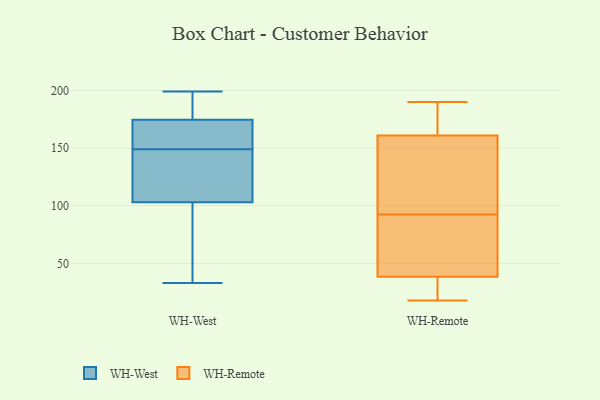
{"axis": {"x": "Demand Index", "y": "Value"}, "legend": ["WH-Remote", "WH-West"], "data": [{"x": "", "y": 82, "type": "WH-West"}, {"x": "", "y": 121, "type": "WH-West"}, {"x": "", "y": 187, "type": "WH-West"}, {"x": "", "y": 199, "type": "WH-West"}, {"x": "", "y": 97, "type": "WH-West"}, {"x": "", "y": 150, "type": "WH-West"}, {"x": "", "y": 162, "type": "WH-West"}, {"x": "", "y": 109, "type": "WH-West"}, {"x": "", "y": 97, "type": "WH-West"}, {"x": "", "y": 33, "type": "WH-West"}, {"x": "", "y": 149, "type": "WH-West"}, {"x": "", "y": 189, "type": "WH-West"}, {"x": "", "y": 166, "type": "WH-West"}, {"x": "", "y": 174, "type": "WH-West"}, {"x": "", "y": 176, "type": "WH-West"}, {"x": "", "y": 136, "type": "WH-West"}, {"x": "", "y": 105, "type": "WH-West"}, {"x": "", "y": 178, "type": "WH-Remote"}, {"x": "", "y": 39, "type": "WH-Remote"}, {"x": "", "y": 183, "type": "WH-Remote"}, {"x": "", "y": 69, "type": "WH-Remote"}, {"x": "", "y": 114, "type": "WH-Remote"}, {"x": "", "y": 71, "type": "WH-Remote"}, {"x": "", "y": 190, "type": "WH-Remote"}, {"x": "", "y": 18, "type": "WH-Remote"}, {"x": "", "y": 118, "type": "WH-Remote"}, {"x": "", "y": 144, "type": "WH-Remote"}, {"x": "", "y": 38, "type": "WH-Remote"}, {"x": "", "y": 22, "type": "WH-Remote"}]}